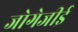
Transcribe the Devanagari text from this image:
जोगेजीई